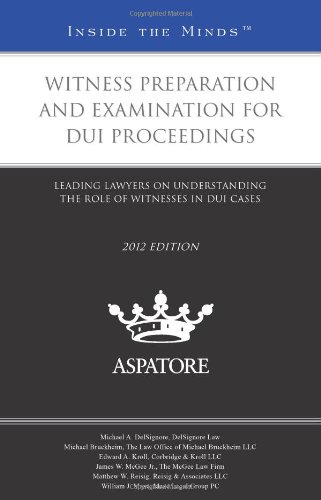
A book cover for Witness Preparation and Examination for DUI Proceedings, 2012 ed.: Leading Lawyers on Understanding the Role of Witnesses in DUI Cases (Inside the Minds); Multiple Authors; Law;